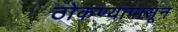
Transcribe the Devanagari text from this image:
ठोकण्यापासून